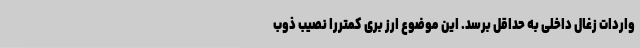
واردات زغال داخلی به حداقل برسد. این موضوع ارز بری کمتررا نصیب ذوب